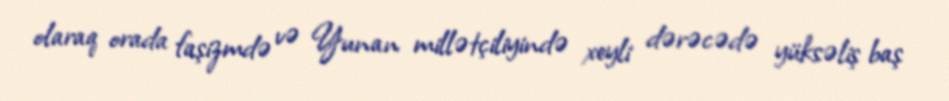
olaraq orada faşizmdə və Yunan millətçiliyində xeyli dərəcədə yüksəliş baş